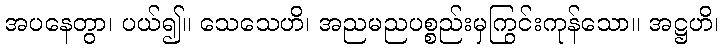
အပနေတွာ၊ ပယ်၍။ သေသေဟိ၊ အညမညပစ္စည်းမှကြွင်းကုန်သော။ အဋ္ဌဟိ၊